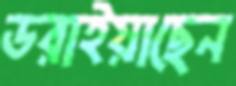
ডরাইয়াছেন